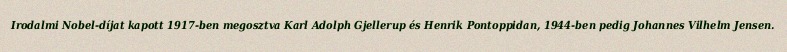
Irodalmi Nobel-díjat kapott 1917-ben megosztva Karl Adolph Gjellerup és Henrik Pontoppidan, 1944-ben pedig Johannes Vilhelm Jensen.